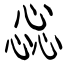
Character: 惢